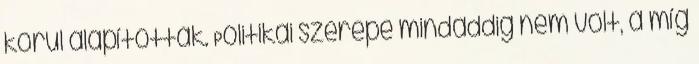
körül alapították. Politikai szerepe mindaddig nem volt, a míg